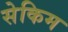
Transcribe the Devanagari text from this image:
सेकिम